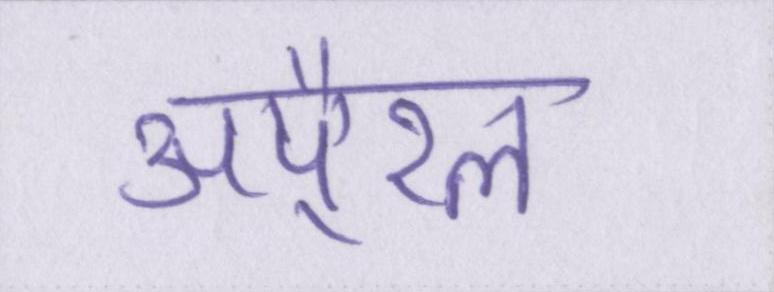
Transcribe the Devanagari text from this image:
अपै्रल